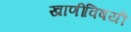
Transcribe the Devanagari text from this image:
खाणींविषयी